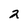
Character: 2